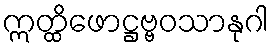
ဣတ္ထိဖောဋ္ဌဗ္ဗဝသာနုဂါ